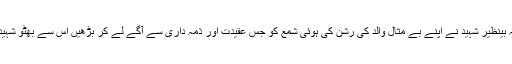
کم علمی کے اندھیر ے چھٹ رہے ہیں ان کی عزیز ترین عظیم دختر محترمہ بینظیر شہید نے اپنے بے مثال والد کی رشن کی ہوئی شمع کو جس عقیدت اور ذمہ داری سے آگے لے کر بڑھیں اس سے بھٹو شہید کی معروضی سیاسی سوچ کی روشنی اور ذیادہ ذہنوں اور دلوں تک پہنچی ۔